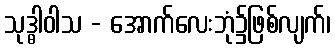
သုဒ္ဓါဝါသ - အောက်လေးဘုံ၌ဖြစ်လျက်၊